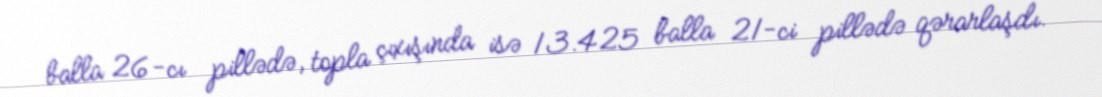
balla 26-cı pillədə, topla çıxışında isə 13.425 balla 21-ci pillədə qərarlaşdı.